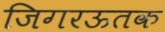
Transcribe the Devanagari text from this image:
जिगरऊतक